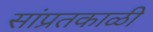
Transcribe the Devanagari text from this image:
सांप्रतकाळी